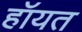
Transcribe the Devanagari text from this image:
हॉयत